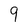
Character: 9